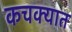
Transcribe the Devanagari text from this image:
कचक्यात